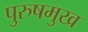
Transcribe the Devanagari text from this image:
पुरुषमुख